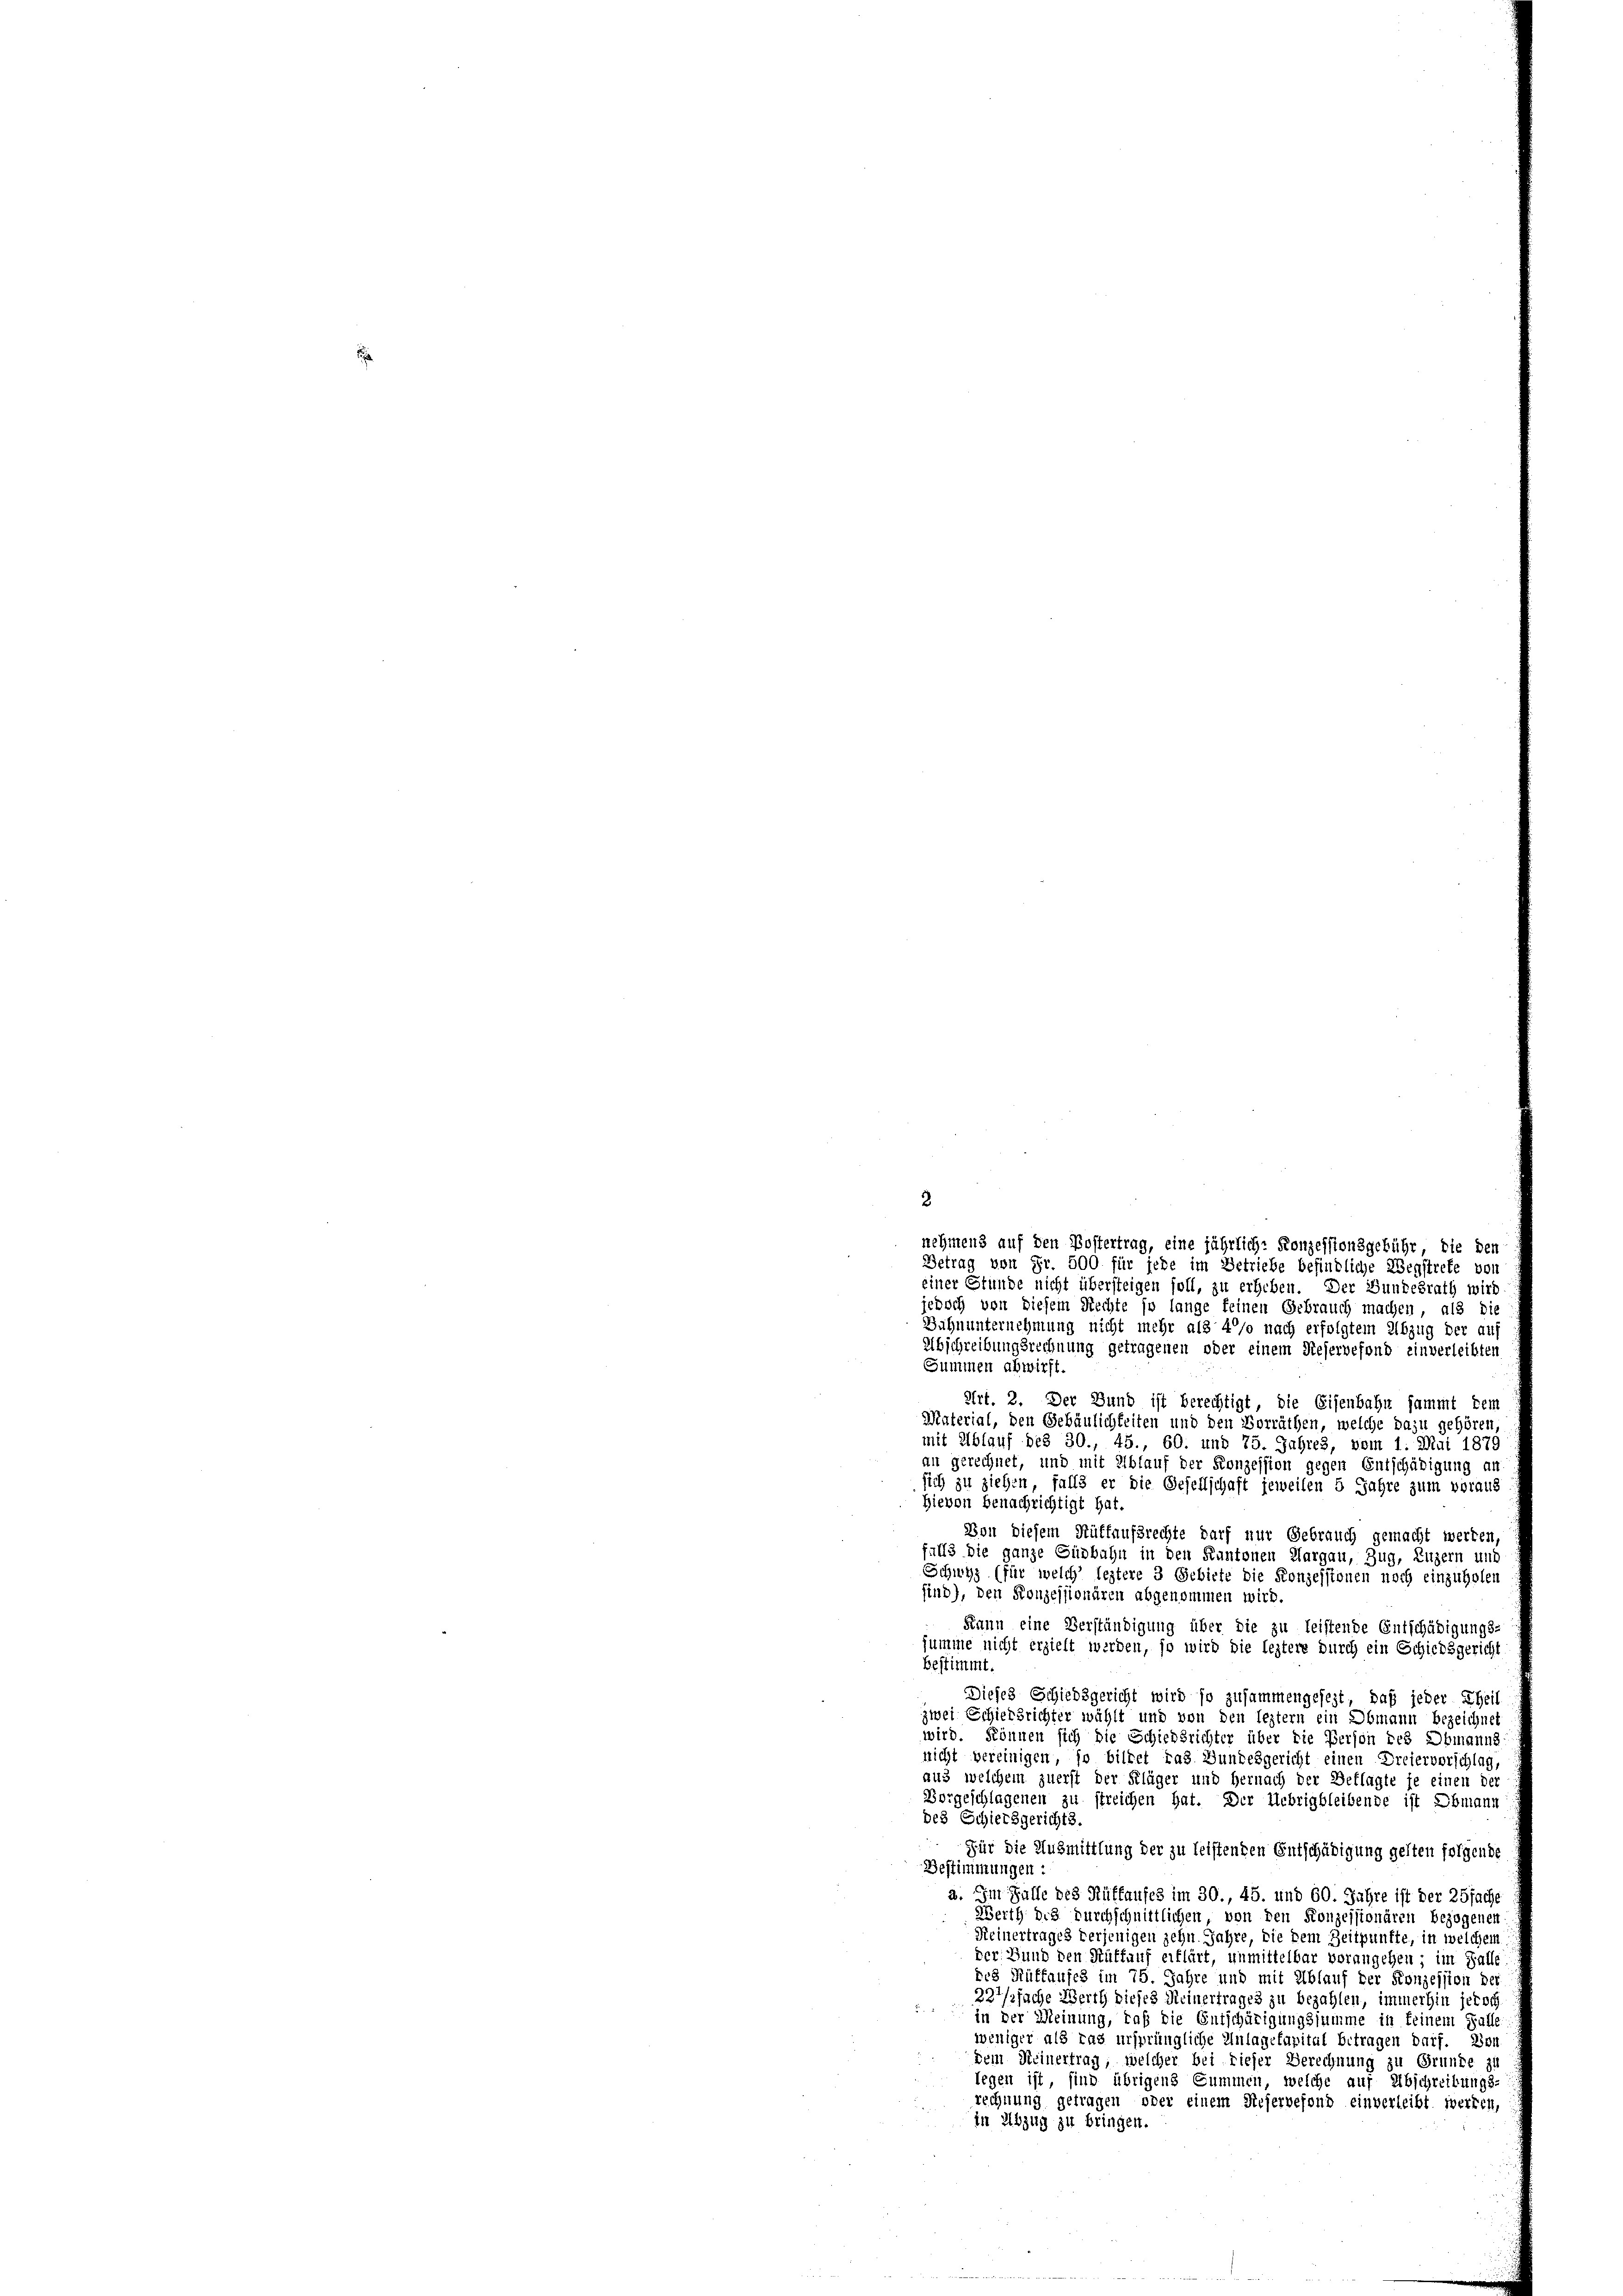
nehmens auf den Postertrag, eine jährliche Konzessionsgebühr, die den
Betrag von Fr. 500 für jede im Betriebe befindliche Wegstrete von
einer Stunde nicht übersteigen soll, zu erheben. Der Bundesrath wird
jedoch von diesem Rechte so lange keinen Gebrauch machen, als die
Bahnunternehmung nicht mehr als 4% nach erfolgtem Abzug der auf
Abschreibungsrechnung getragenen oder einem Reservefond einverleibten
Summen abwirft.
Art. 2. Der Bund ist berechtigt, die Eisenbahn sammt dem
Material, den Gebäulichkeiten und den Vorräthen, welche dazu gehören,
mit Ablauf des 30., 45., 60. und 75. Jahres, vom 1. Mai 1879
an gerechnet, und mit Ablauf der Konzession gegen Entschädigung an
sich zu ziehen, falls er die Gesellschaft jeweilen 5 Jahre zum voraus
Hievon benachrichtigt hat.
Von diesem Rütfaufsrechte darf nur Gebrauch gemacht werden,
falls die ganze Güdbahn in den Kantonen Margau, Zug, Luzern und
Schwyz (für welch’ leztere 3 Gebiete die Konzessionen noch einzuholen
sind), den Konzessionären abgenommen wird.
Kann eine Verständigung über die zu leistende Entschädigungs-
summe nicht erzielt werden, so wird die leztere durch ein Schiedsgericht
bestimmt.
Dieses Schiedsgericht wird so zusammengesezt, daß jeder Theil
zwei Schiedsrichter wählt und von den leztern ein Obmann bezeichnet
wird. Können sich die Schiedsrichter über die Person des Obmanns
nicht vereinigen, so bildet das Bundesgericht einen Dreiervorschlag,
aus welchem zuerst der Kläger und Hernach der Beklagte je einen der
Vorgeschlagenen zu streichen hat. Der Uebrigbleibende ist Obmann
des Schiersgerichts.
Für die Ausmittlung der zu leistenden Entschädigung gelten folgende
Bestimmungen:
a. Im Falle des Rüffaufes im 30., 45. und 60. Jahre ist der 25fache
Werth des durchschnittlichen, von den Konzessionären bezogenen
Keinertrages derjenigen zehn Jahre, die Dem Zeitpunfte, in welchem
der. Bund den Hüffauf erflärt, unmittelbar vorangehen; im Falle
des Rüffaufes im 75. Jahre und mit Ablauf der Konzession der
227/2fache Werth dieses Meinertrages zu bezahlen, immerhin jedoch
 in der Meinung, daß die Entschärigungssumme in keinem Falle
weniger als ras ursprüngliche Anlagefapital betragen darf. Von
dem Meinertrag, welcher bei dieser Berechnung zu Grunde zu
legen ist, sind übrigens Summen, welche auf Abschreibungs-
rechnung getragen, oder einem Reservefond einverleibt werden,
in Abzug zu bringen.

3